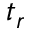
t _ { r }